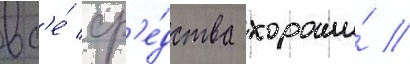
вс'е́ ср'е́дства хороши́ //